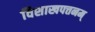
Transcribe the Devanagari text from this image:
विशाखपत्तनम्